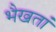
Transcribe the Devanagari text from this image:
भैखतां